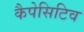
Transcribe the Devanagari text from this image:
कैपेसिटिव